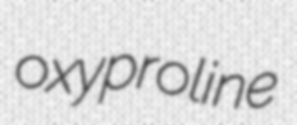
oxyproline